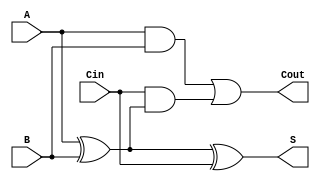
module LowPowerFullAdder (
    input wire A,      // First input bit
    input wire B,      // Second input bit
    input wire Cin,    // Carry-in bit
    output wire S,     // Sum output
    output wire Cout   // Carry-out output
);

// Sum calculation: S = A XOR B XOR Cin
assign S = A ^ B ^ Cin;

// Carry-out calculation: Cout = (A AND B) OR (Cin AND (A XOR B))
assign Cout = (A & B) | (Cin & (A ^ B));

endmodule